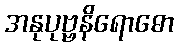
အနုပုဗ္ဗနိရောဓော